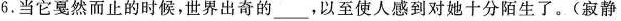
6.当它戛然而止的时候，世界出奇的___，以至使人感到对她十分陌生了。(寂静